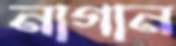
নাগান